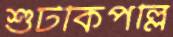
শুঁটকিপল্লি